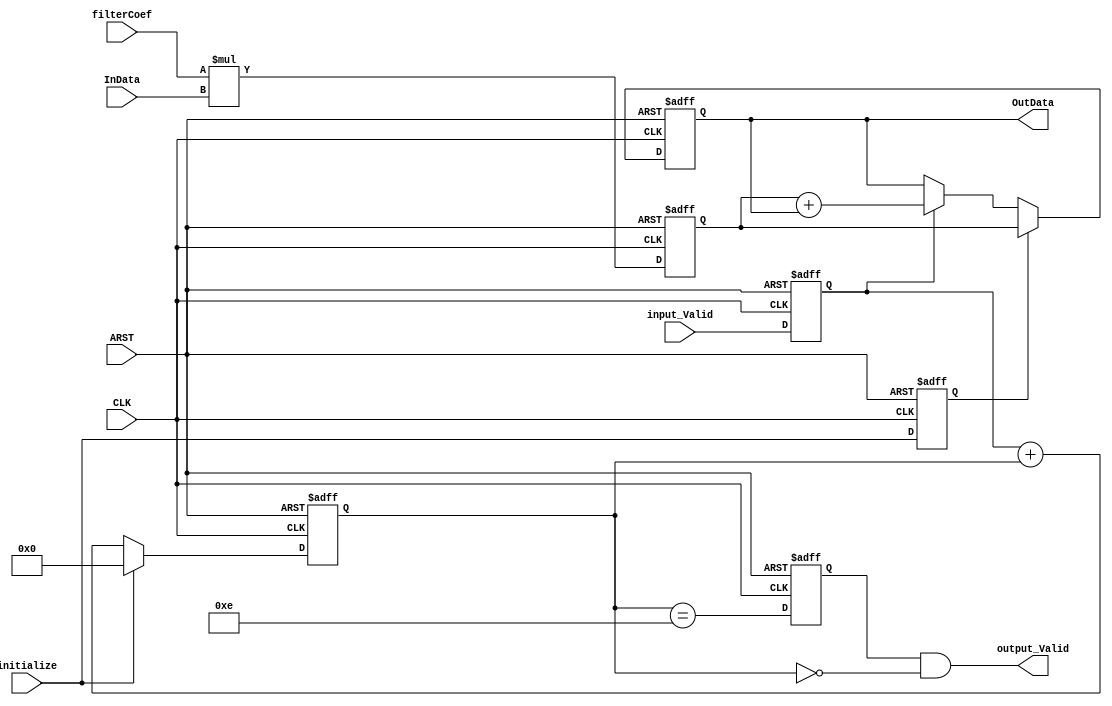
module MAC1_1
  (
   OutData, output_Valid,
   CLK, ARST, input_Valid, initialize, InData, filterCoef
   );
   input                               CLK                     ;  
   input                               ARST                    ;
   input                               input_Valid             ;
   input                               initialize              ;
   input   signed [(15):0] 	       InData, filterCoef      ;
   output  signed [(31):0] 	       OutData                 ;
   output                              output_Valid            ;
   reg     signed [(31):0] 	       mult            ;
   reg signed [31:0] 		       accum;
   reg                                 input_Valid0            ;
   reg                                 initialize1             ;
   reg                                 output_Valid_1          ;
   wire                                output_Valid            ;
   reg [3:0] 			       count                   ;
   wire    signed [(31):0] 	       accum_tmp               ;
   wire [3:0] 			       taps                    ;
   always @(posedge CLK or posedge ARST)
     if (ARST)     input_Valid0 <=  1'b0 ;
     else          input_Valid0 <=  input_Valid ;
   always @(posedge CLK or posedge ARST)
     if (ARST)     initialize1 <=  1'b0 ;
     else          initialize1 <=  initialize ;
   always @(posedge CLK or posedge ARST)
     if (ARST)     mult[(31):0] <=  {(31){1'b0}} ;
     else          mult[(31):0] <=  filterCoef*InData  ;
   assign  accum_tmp[(31):0] =   mult[(31):0] + accum[(31):0];
   always @(posedge CLK or posedge ARST)
     if (ARST)       accum[(31):0] <=  {(32){1'b0}} ;
     else            accum[(31):0] <=  (initialize1) ?
				       mult[31:0] :
				       (input_Valid0 ? accum_tmp[31:0]
					: accum[31:0]) ;
   always @ (posedge CLK or posedge ARST)
     if (ARST )     count[3:0] <=  {(4){1'b0}}  ;
     else           count[3:0] <= initialize ?
                                  0 :
                                  input_Valid0 + count[3:0] ;
   always @(posedge CLK or posedge ARST)
     if (ARST)     output_Valid_1 <=  1'b0 ;
     else          output_Valid_1 <=  (count[3:0]==(14))   ;
   assign  output_Valid            = output_Valid_1 & (count[3:0]==0) ;
   assign  OutData[31:0]           = accum[31:0]                          ;
endmodule